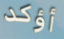
أؤكد